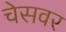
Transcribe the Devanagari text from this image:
चेसवर